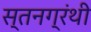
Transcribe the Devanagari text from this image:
स्तनग्रंथी